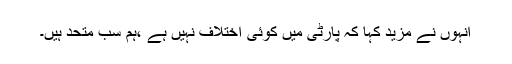
انہوں نے مزید کہا کہ پارٹی میں کوئی اختلاف نہیں ہے ،ہم سب متحد ہیں۔